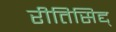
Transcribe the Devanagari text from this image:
रीतिसिद्द्